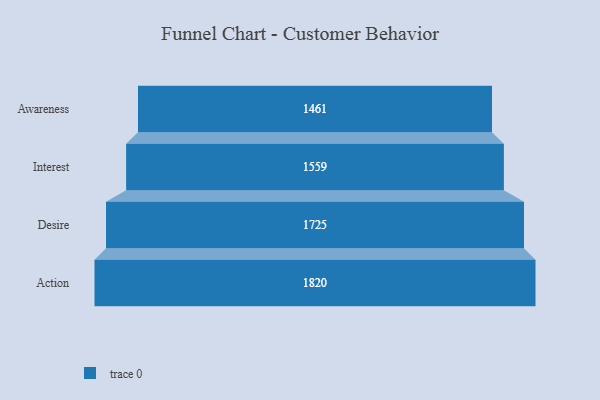
{"axis": {"x": "Stage", "y": "Value"}, "legend": [""], "data": [{"x": "Awareness", "y": 1461.0, "type": ""}, {"x": "Interest", "y": 1559.0, "type": ""}, {"x": "Desire", "y": 1725.0, "type": ""}, {"x": "Action", "y": 1820.0, "type": ""}]}